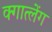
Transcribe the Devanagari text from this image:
क्गात्लेंग